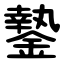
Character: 䥍